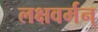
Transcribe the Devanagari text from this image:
लक्षवर्मन्‌